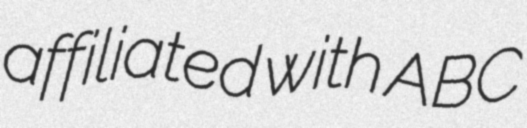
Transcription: affiliated with ABC